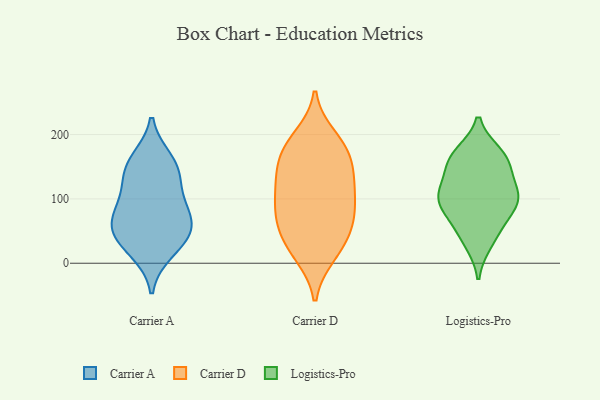
{"axis": {"x": "Budget (USD K)", "y": "Value"}, "legend": ["Carrier A", "Carrier D", "Logistics-Pro"], "data": [{"x": "", "y": 146, "type": "Carrier A"}, {"x": "", "y": 59, "type": "Carrier A"}, {"x": "", "y": 19, "type": "Carrier A"}, {"x": "", "y": 160, "type": "Carrier A"}, {"x": "", "y": 141, "type": "Carrier A"}, {"x": "", "y": 43, "type": "Carrier A"}, {"x": "", "y": 83, "type": "Carrier A"}, {"x": "", "y": 41, "type": "Carrier A"}, {"x": "", "y": 69, "type": "Carrier A"}, {"x": "", "y": 104, "type": "Carrier A"}, {"x": "", "y": 124, "type": "Carrier D"}, {"x": "", "y": 30, "type": "Carrier D"}, {"x": "", "y": 96, "type": "Carrier D"}, {"x": "", "y": 53, "type": "Carrier D"}, {"x": "", "y": 12, "type": "Carrier D"}, {"x": "", "y": 158, "type": "Carrier D"}, {"x": "", "y": 197, "type": "Carrier D"}, {"x": "", "y": 74, "type": "Carrier D"}, {"x": "", "y": 13, "type": "Carrier D"}, {"x": "", "y": 69, "type": "Carrier D"}, {"x": "", "y": 134, "type": "Carrier D"}, {"x": "", "y": 111, "type": "Carrier D"}, {"x": "", "y": 165, "type": "Carrier D"}, {"x": "", "y": 154, "type": "Carrier D"}, {"x": "", "y": 76, "type": "Carrier D"}, {"x": "", "y": 183, "type": "Carrier D"}, {"x": "", "y": 48, "type": "Carrier D"}, {"x": "", "y": 112, "type": "Carrier D"}, {"x": "", "y": 188, "type": "Carrier D"}, {"x": "", "y": 97, "type": "Logistics-Pro"}, {"x": "", "y": 112, "type": "Logistics-Pro"}, {"x": "", "y": 73, "type": "Logistics-Pro"}, {"x": "", "y": 164, "type": "Logistics-Pro"}, {"x": "", "y": 49, "type": "Logistics-Pro"}, {"x": "", "y": 33, "type": "Logistics-Pro"}, {"x": "", "y": 106, "type": "Logistics-Pro"}, {"x": "", "y": 96, "type": "Logistics-Pro"}, {"x": "", "y": 156, "type": "Logistics-Pro"}, {"x": "", "y": 104, "type": "Logistics-Pro"}, {"x": "", "y": 169, "type": "Logistics-Pro"}, {"x": "", "y": 154, "type": "Logistics-Pro"}]}